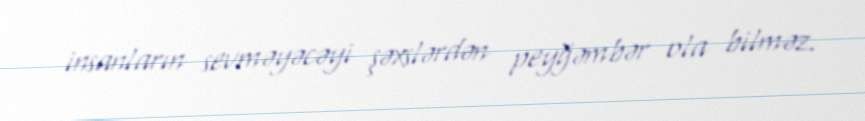
insanların sevməyəcəyi şəxslərdən peyğəmbər ola bilməz.